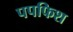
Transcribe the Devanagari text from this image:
पपफिश